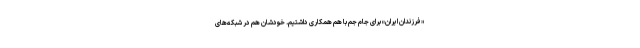
«فرزندان ایران» برای جام جم با هم همکاری داشتیم. خودشان هم در شبکه‌های